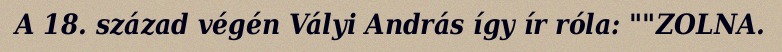
A 18. század végén Vályi András így ír róla: ""ZOLNA.